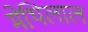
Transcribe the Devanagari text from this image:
मेथिलाल